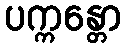
ပက္ကန္တော